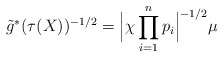
\begin{align*} \tilde{g} ^* ( \tau (X) )^{-1/2} = \Bigl| \chi \prod_{i=1}^{n} p_i \Bigr|^{-1/2} \mu\end{align*}